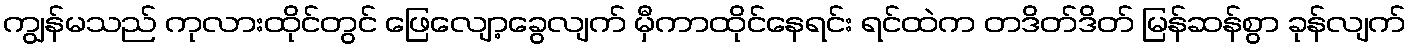
ကျွန်မသည် ကုလားထိုင်တွင် ဖြေလျော့ခွေလျက် မှီကာထိုင်နေရင်း ရင်ထဲက တဒိတ်ဒိတ် မြန်ဆန်စွာ ခုန်လျက်